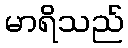
မာရိသည်